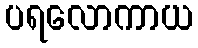
ပရလောကာယ